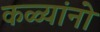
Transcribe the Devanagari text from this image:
कळ्यांनो